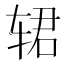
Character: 𰺈